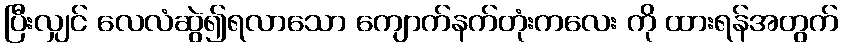
ပြီးလျှင် လေလံဆွဲ၍ရလာသော ကျောက်နက်တုံးကလေး ကို ထားရန်အတွက်